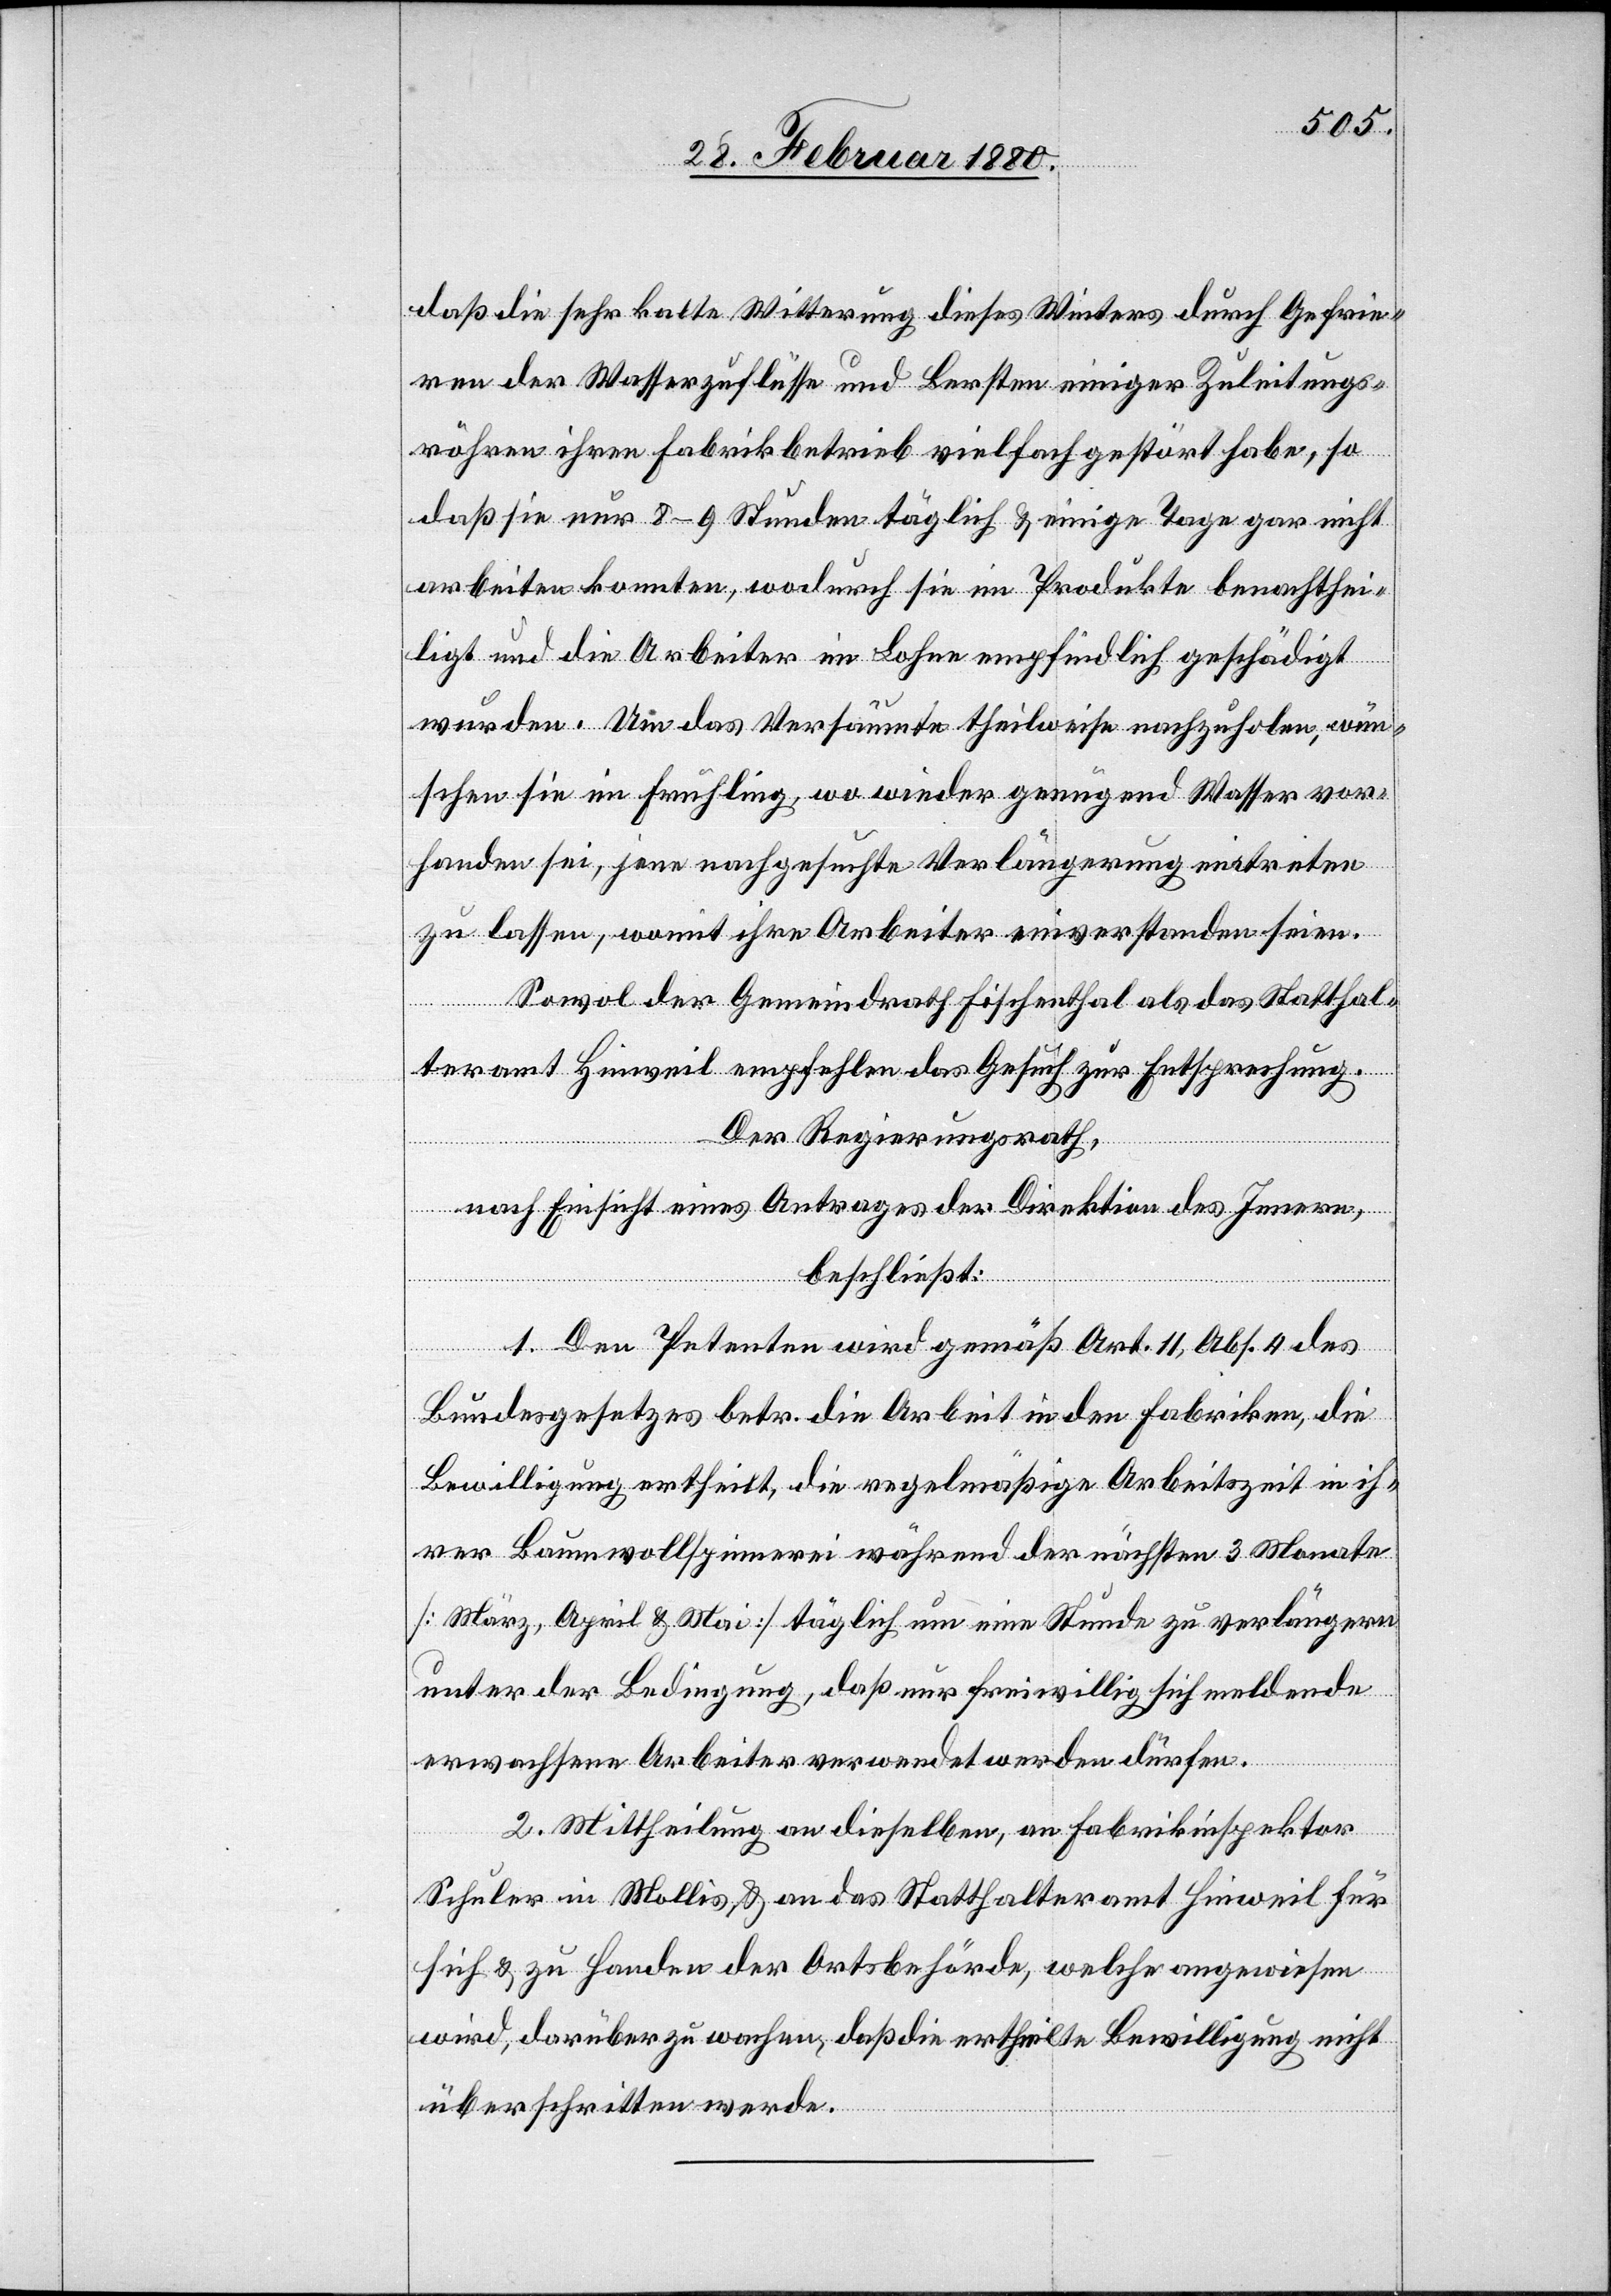
daß die sehr kalte Witterung dieses Winters durch Gefrie¬
ren der Wasserzuflüsse und Bersten einiger Zuleitungs¬
röhren ihren Fabrikbetrieb vielfach gestört habe, so
daß sie nur 8–9 Stunden täglich & einige Tag gar nicht
arbeiten konnten, wodurch sie im Produkte benachthei¬
ligt und die Arbeiter im Lohne empfindlich geschädigt
wurden. Um das Versäumte theilweise nachzuholen, wün¬
schen sie im Frühling, wo wieder genügend Wasser vor¬
handen sei, jene nachgesuchte Verlängerung eintreten
zu lassen, womit ihre Arbeiter einverstanden seien.
Sowol der Gemeindrath Fischenthal als das Statthal¬
teramt Hinweil empfehlen das Gesuch zur Entsprechung.
Der Regierungsrath,
nach Einsicht eines Antrages der Direktion des Innern,
beschließt:
1. Den Petenten wird gemäß Art. 11, Abs. 4 des
Bundesgesetzes betr. die Arbeit in den Fabriken, die
Bewilligung ertheilt, die regelmäßige Arbeitszeit in ih¬
rer Baumwollspinnerei während der nächsten 3 Monate
[März, April & Mai] täglich um eine Stunde zu verlängern
unter der Bedingung, daß nur freiwillig sich meldende
erwachsene Arbeiter verwendet werden dürfen.
2. Mittheilung an dieselben, an Fabrikinspektor
Schuler in Mollis & an das Statthalteramt Hinweil für
sich & zu Handen der Ortsbehörde, welche angewiesen
wird, darüber zu wachen, daß die ertheilte Bewilligung nicht
überschritten werde.